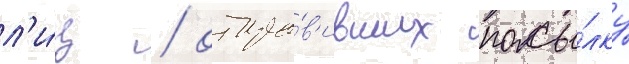
л'и́ц / отпра́в'ивших посы́лку